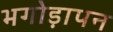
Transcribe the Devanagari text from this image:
भगोड़ापन